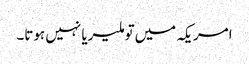
امریکہ میں‌تو ملیریا نہیں ہوتا۔